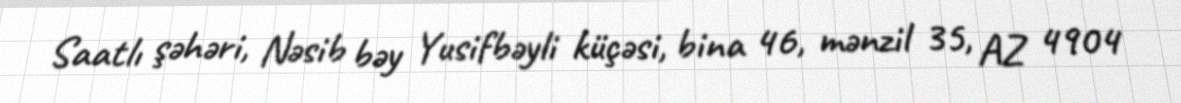
Saatlı şəhəri, Nəsib bəy Yusifbəyli küçəsi, bina 46, mənzil 35, AZ 4904